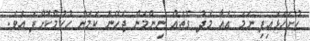
ހުށަހަޅައިފި ނަމަ އެއާ މެދު ގޮތެއް ނިންމަން ޖެހޭނެ ކަމަށް ހުކުމްކޮށްފަ އެވެ.